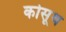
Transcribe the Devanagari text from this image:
कोसूथ